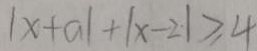
\vert x + a \vert + \vert x - 2 \vert \geq 4